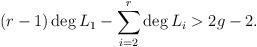
LaTeX: \begin{align*} (r-1) \deg L_1 - \sum _{i=2} ^{r} \deg L_i > 2g-2.\end{align*}